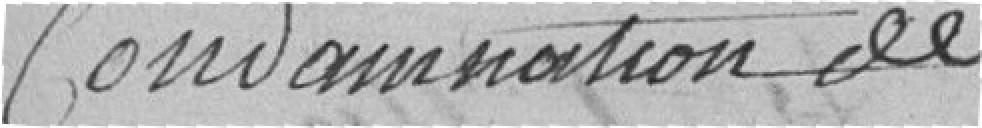
Condamnation de